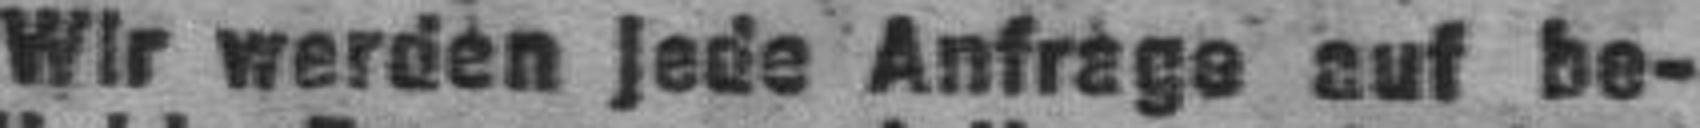
Wir werden Jede Anfrage auf be¬